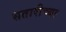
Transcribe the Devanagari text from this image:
सतारीच्या